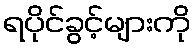
ရပိုင်ခွင့်များကို